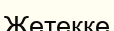
Жетекке